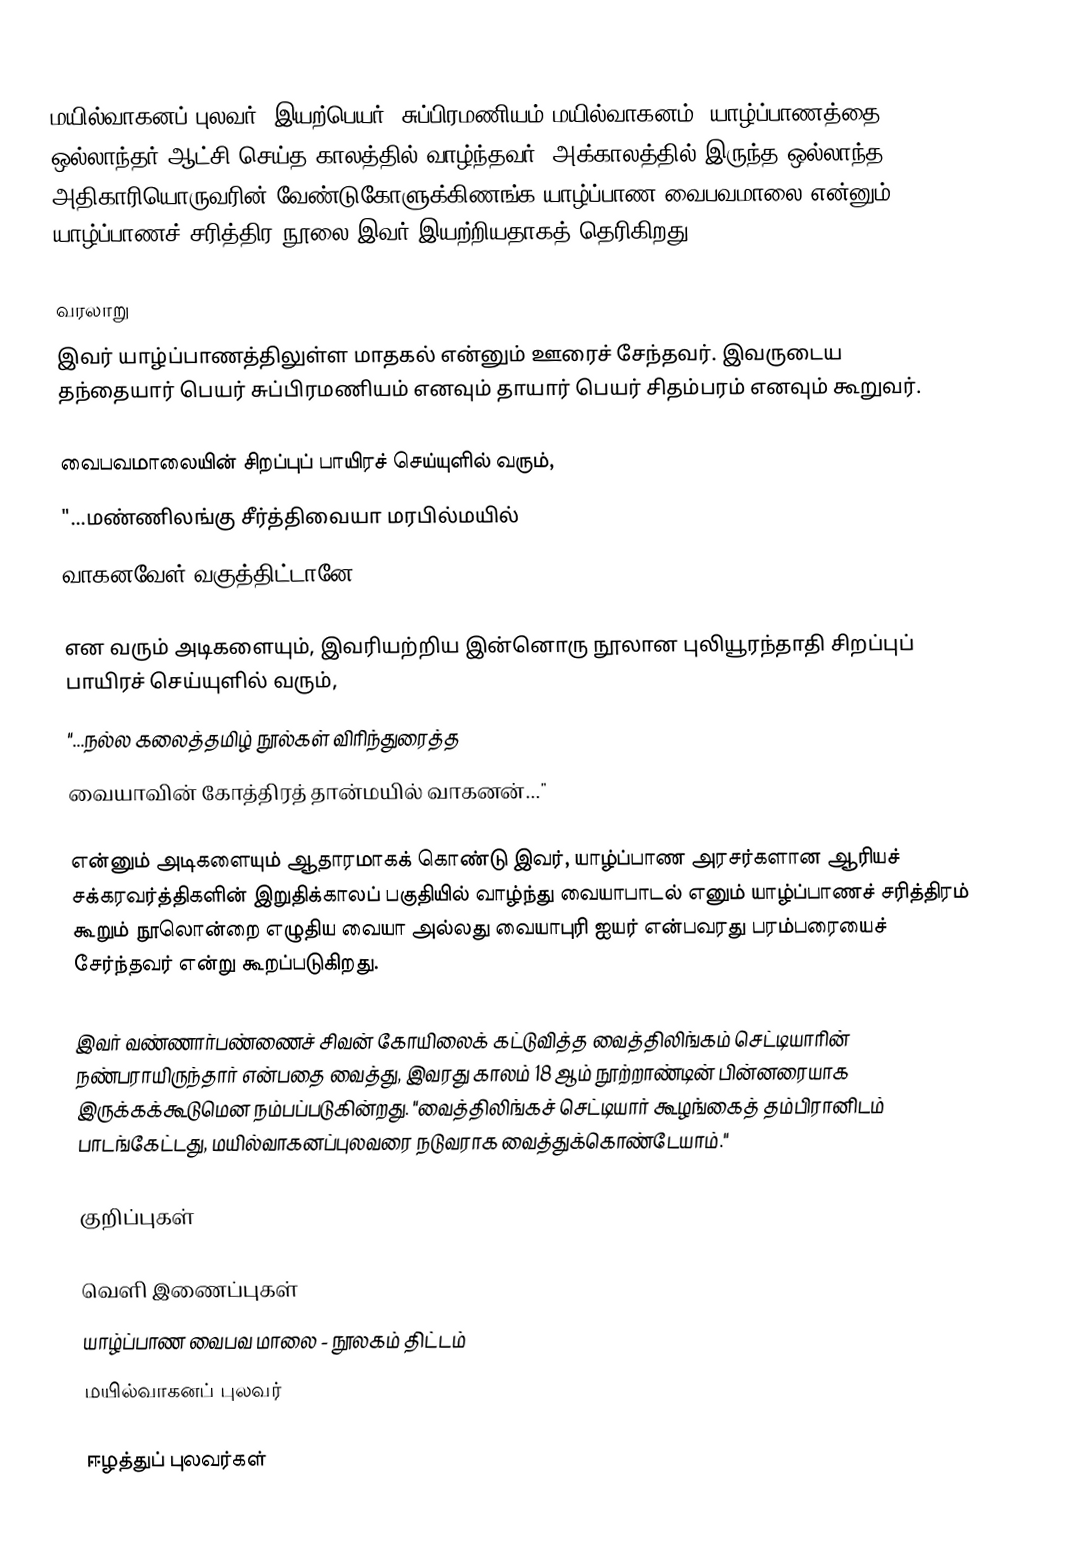
மயில்வாகனப் புலவர் (இயற்பெயர்: சுப்பிரமணியம் மயில்வாகனம்) யாழ்ப்பாணத்தை ஒல்லாந்தர் ஆட்சி செய்த காலத்தில் வாழ்ந்தவர். அக்காலத்தில் இருந்த ஒல்லாந்த அதிகாரியொருவரின் வேண்டுகோளுக்கிணங்க யாழ்ப்பாண வைபவமாலை என்னும் யாழ்ப்பாணச் சரித்திர நூலை இவர் இயற்றியதாகத் தெரிகிறது.

வரலாறு
இவர் யாழ்ப்பாணத்திலுள்ள மாதகல் என்னும் ஊரைச் சேந்தவர். இவருடைய தந்தையார் பெயர் சுப்பிரமணியம் எனவும் தாயார் பெயர் சிதம்பரம் எனவும் கூறுவர்.

வைபவமாலையின் சிறப்புப் பாயிரச் செய்யுளில் வரும்,
 "...மண்ணிலங்கு சீர்த்திவையா மரபில்மயில்
 வாகனவேள் வகுத்திட்டானே"

என வரும் அடிகளையும், இவரியற்றிய இன்னொரு நூலான புலியூரந்தாதி சிறப்புப் பாயிரச் செய்யுளில் வரும்,
 "...நல்ல கலைத்தமிழ் நூல்கள் விரிந்துரைத்த
 வையாவின் கோத்திரத் தான்மயில் வாகனன்..."

என்னும் அடிகளையும் ஆதாரமாகக் கொண்டு இவர், யாழ்ப்பாண அரசர்களான ஆரியச் சக்கரவர்த்திகளின் இறுதிக்காலப் பகுதியில் வாழ்ந்து வையாபாடல் எனும் யாழ்ப்பாணச் சரித்திரம் கூறும் நூலொன்றை எழுதிய வையா அல்லது வையாபுரி ஐயர் என்பவரது பரம்பரையைச் சேர்ந்தவர் என்று கூறப்படுகிறது.

இவர் வண்ணார்பண்ணைச் சிவன் கோயிலைக் கட்டுவித்த வைத்திலிங்கம் செட்டியாரின் நண்பராயிருந்தார் என்பதை வைத்து, இவரது காலம் 18 ஆம் நூற்றாண்டின் பின்னரையாக இருக்கக்கூடுமென நம்பப்படுகின்றது. "வைத்திலிங்கச் செட்டியார் கூழங்கைத் தம்பிரானிடம் பாடங்கேட்டது, மயில்வாகனப்புலவரை நடுவராக வைத்துக்கொண்டேயாம்."

குறிப்புகள்

வெளி இணைப்புகள்
 யாழ்ப்பாண வைபவ மாலை - நூலகம் திட்டம்
 மயில்வாகனப் புலவர்

ஈழத்துப் புலவர்கள்